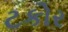
ટકોર